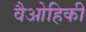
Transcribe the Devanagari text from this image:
वैओहिकी